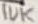
Text: 10K